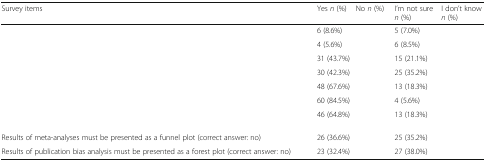
<table><thead><tr><td><b>Survey items</b></td><td><b>Yes <i>n</i> (%)</b></td><td><b>No <i>n</i> (%)</b></td><td><b>I’m not sure <i>n</i> (%)</b></td><td><b>I don’t know <i>n</i> (%)</b></td></tr></thead><tbody><tr><td>[EMPTY_CELL]</td><td>6 (8.6%)</td><td>[EMPTY_CELL]</td><td>5 (7.0%)</td><td>[EMPTY_CELL]</td></tr><tr><td>[EMPTY_CELL]</td><td>4 (5.6%)</td><td>[EMPTY_CELL]</td><td>6 (8.5%)</td><td>[EMPTY_CELL]</td></tr><tr><td>[EMPTY_CELL]</td><td>31 (43.7%)</td><td>[EMPTY_CELL]</td><td>15 (21.1%)</td><td>[EMPTY_CELL]</td></tr><tr><td>[EMPTY_CELL]</td><td>30 (42.3%)</td><td>[EMPTY_CELL]</td><td>25 (35.2%)</td><td>[EMPTY_CELL]</td></tr><tr><td>[EMPTY_CELL]</td><td>48 (67.6%)</td><td>[EMPTY_CELL]</td><td>13 (18.3%)</td><td>[EMPTY_CELL]</td></tr><tr><td>[EMPTY_CELL]</td><td>60 (84.5%)</td><td>[EMPTY_CELL]</td><td>4 (5.6%)</td><td>[EMPTY_CELL]</td></tr><tr><td>[EMPTY_CELL]</td><td>46 (64.8%)</td><td>[EMPTY_CELL]</td><td>13 (18.3%)</td><td>[EMPTY_CELL]</td></tr><tr><td>Results of meta-analyses must be presented as a funnel plot (correct answer: no)</td><td>26 (36.6%)</td><td>[EMPTY_CELL]</td><td>25 (35.2%)</td><td>[EMPTY_CELL]</td></tr><tr><td>Results of publication bias analysis must be presented as a forest plot (correct answer: no)</td><td>23 (32.4%)</td><td>[EMPTY_CELL]</td><td>27 (38.0%)</td><td>[EMPTY_CELL]</td></tr></tbody></table>